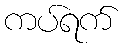
ကပ်ရက်